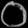
Digit: ၀